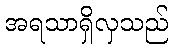
အရသာရှိလှသည်